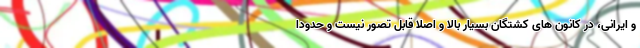
و ایرانی، در کانون های کشتگان بسیار بالا و اصلا قابل تصور نیست و حدودا